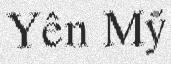
Yên Mỹ